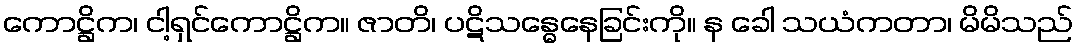
ကောဋ္ဌိက၊ ငါ့ရှင်ကောဋ္ဌိက။ ဇာတိ၊ ပဋိသန္ဓေနေခြင်းကို။ န ခေါ သယံကတာ၊ မိမိသည်